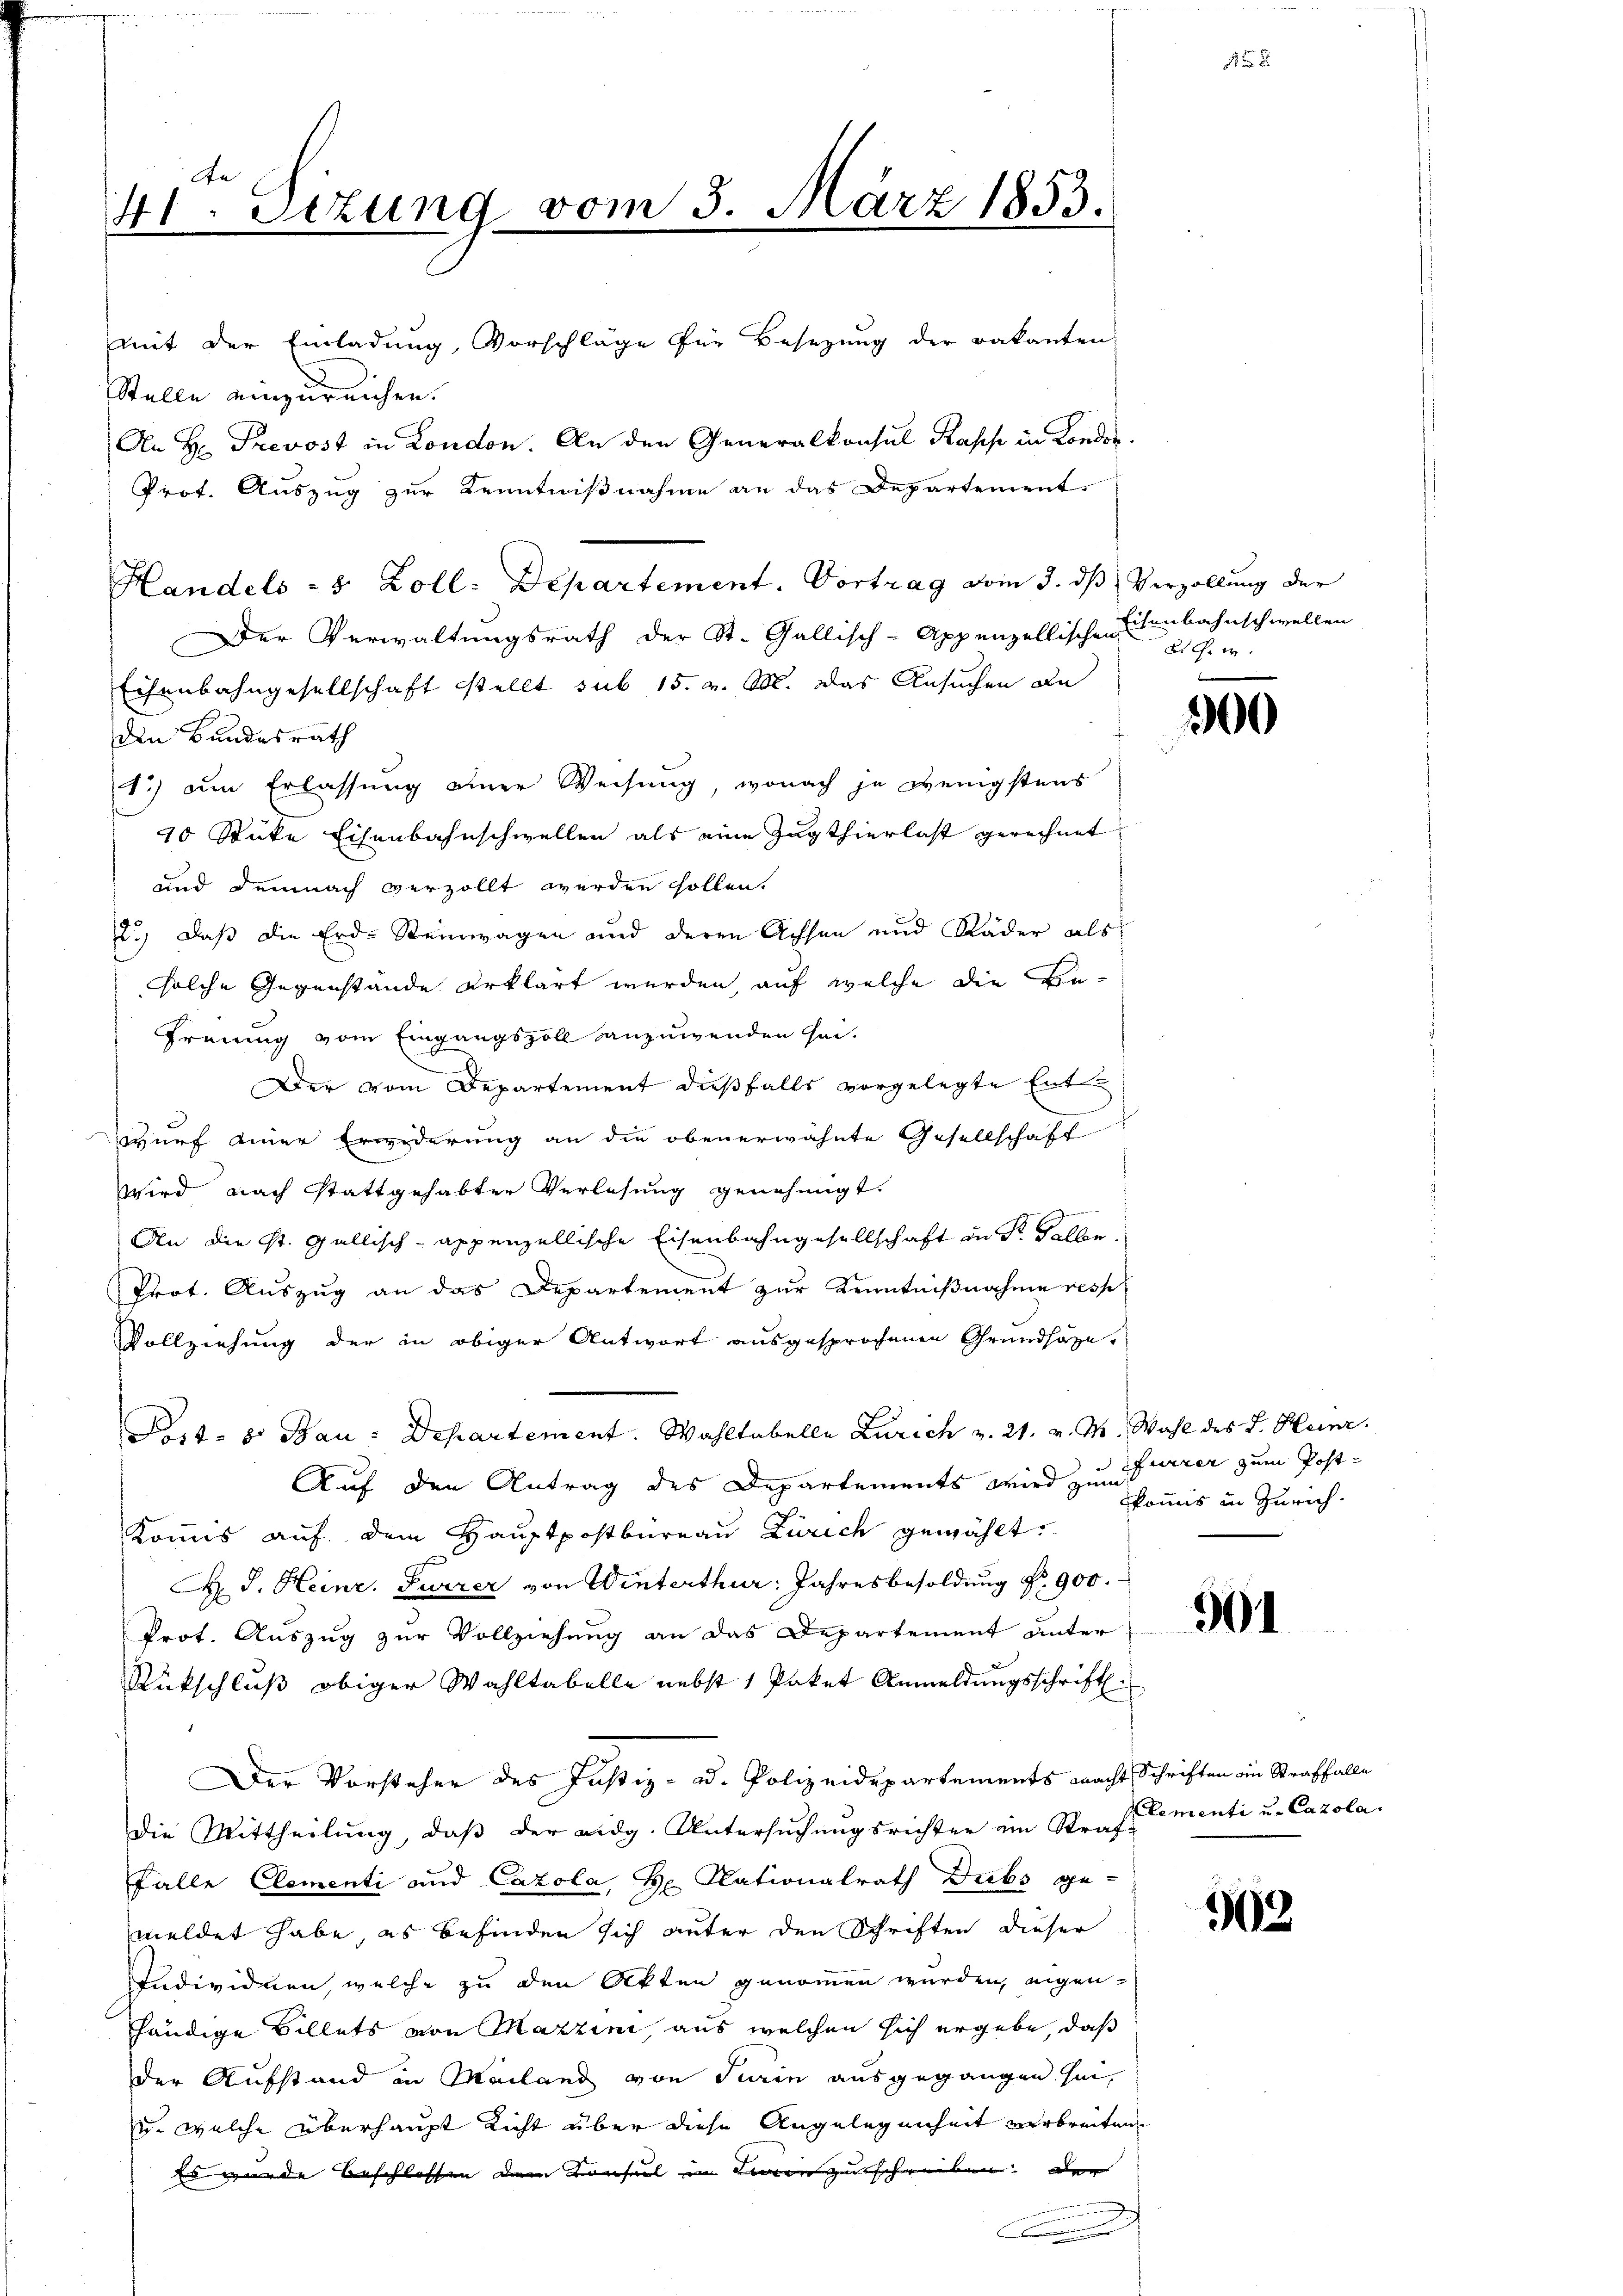
41. Sizung vom 3. März 1853.
mit der Einladung, Vorschläge für Besezung der Bakanten

Stelle einzureichen.
Der Verwaltungsrath der St. Gallisch-Appenzellische Eisenbahnschwellen
Eisenbahngesellschaft stellt sub 15. v. M. das Ansuchen De
den Bundesrath
1.) am Erlassung einer Weisung, wonach je wenigstens
10 Stücke Eisenbahnschwellen als eine Zugthierlast gerechnet
und demnach verzollt werden sollen.
2.) Daß die Erd-Steinwagen und deren Achsen und Räder als
solche Gegenstände erklärt werden, auf welche die Be¬
Freuung vom Eingangszoll anzuwenden sei.
Der vom Departement dießfalls vorgelegte Entwurf einer Erwiderung an die obenerwähnte Gesellschaft
wird nach stattgehabter Verlesung genehmigt.
An die St. Gallisch-Appenzellische Eisenbahngesellschaft in dr selbe
Prot. Auszug an das Departement zur Kenntnißnahme resp
Vollziehung der in obiger Antwort ausgesprochenen Grundsäze.
P.d. 8. Bau: Departement. Wahltabelle Zürich v. 21. v. M. Wahl des J. Heinr.
Auf den Antrag des Departements wird zu Pfarrer zum Post¬
Kommis auf dem Hauptpostbureau Zürich gewählt:
 J. Heinr. Furrer von Winterthur: Jahresbesoldung Nr. 900.
Prot. Auszug zur Vollziehung an das Departement unter
Rückschluß obiger Wahltabelle nebst 1 Paket Anmeldungsschrift.
Der Vorsteher des Justiz- u. Polizeidepartements macht Schriften ein Straffalle
die Mittheilŭng, daβ der eidg. Untersŭchŭngsrichter ein Straf. Cementi u. Cazola.
Falle Clementi und Cazola, He Nationalrath Dubs ge-
meldet habe, es befinden sich unter den Schriften dieser
Individuen, welche zu den Akten genommen wurden, eigenhändige Billets von Mazzini, aus welchen sich ergebe, daß
der Aufstand in Mailand von Turin ausgegangen sei,
u. welche überhaupt nicht über diese Angelegenheit verbreiten
Es wurde beschlossen dem Konsul in Lorenzuschreiben. Der
.

Handels - 5 Zoll: Departement. Vortrag vom 3. dβ Verzollung der

An H. Prevost in London. An den Generalkonsul Kasse in Londor.
Prot. Auszug zur Kenntnißnahme an das Departement

d. G. w.

00

kkommis in Zürich.

901

.

962